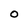
Character: 0